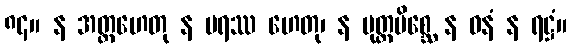
၈၄။ န အတ္တဟေတု န ပရဿ ဟေတု၊ န ပုတ္တမိစ္ဆေ န ဓနံ န ရဋ္ဌံ။